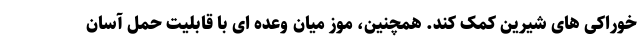
خوراکی های شیرین کمک کند. همچنین، موز میان وعده ای با قابلیت حمل آسان